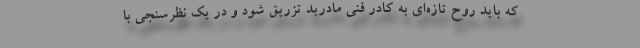
که باید روح تازه‌ای به کادر فنی مادرید تزریق شود و در یک نظرسنجی با